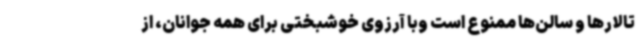
تالارها و سالن‌ها ممنوع است وبا آرزوی خوشبختی برای همه جوانان، از